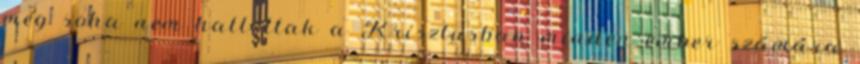
még soha nem hallottak a Krisztusban minden ember számára